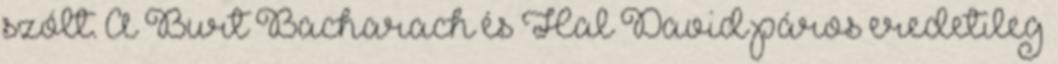
szólt. A Burt Bacharach és Hal David páros eredetileg